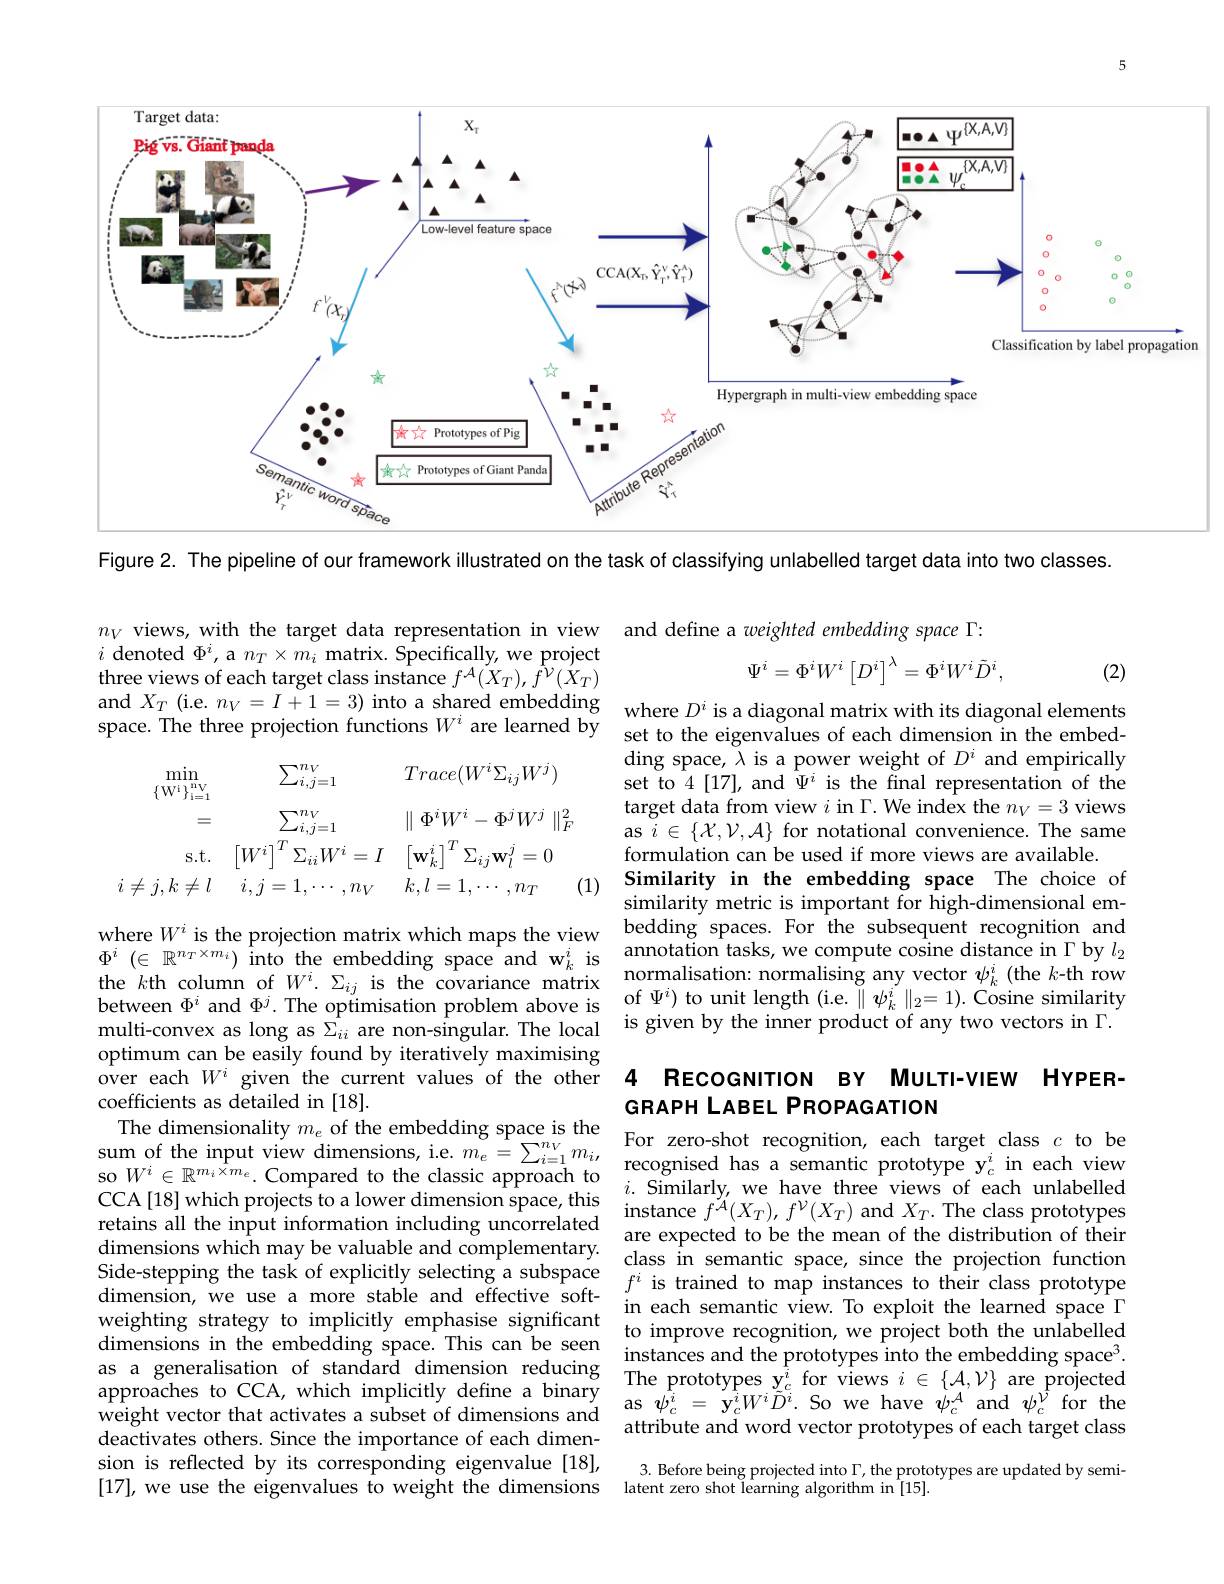
5

<FigureHere>
Figure 2. The pipeline of ou

$n_V$ views, with the target
$i$ denoted $\Phi^i$, a $n_T\times m$ three views of each target c and $X_T$ (ie. $n_V=I+1=3)$ into a shared embedding where $D^i$ is a diagonal matrix with its diagonal elements pace. The three projection functions $W^i$ are learned by set to the eigenvalues of each dimension in the embed-
$$\begin{aligned}\min_{\{\mathrm{W}^{1}\}_{\mathrm{i}=1}^{\mathrm{n}_{\mathrm{V}}}}&\sum_{i,j=1}^{n_{V}}&Trace(W^{i}\Sigma_{ij}W^{j})\\=&\sum_{i,j=1}^{n_{V}}&\parallel\Phi^{i}W^{i}-\Phi^{j}W^{j}\parallel_{F}^{2}\\\mathrm{s.t.}&\left[W^{i}\right]^{T}\Sigma_{ii}W^{i}=I&\left[\mathbf{w}_{k}^{i}\right]^{T}\Sigma_{ij}\mathbf{w}_{l}^{j}=0\\i\neq j,k\neq l&i,j=1,\cdots,n_{V}&k,l=1,\cdots,n_{T}\end{aligned}$$
(1)

optimum can be easily found over each $W^i$ given the cu coefficients as detailed in
$SOW\in\mathbb{R}^{-1}........0nplan$ weighting strategy to implic dimensions in the embedding deactivates others. Since th sion is reflected by its cor [17], we use the eigenvalues
$$\Psi^i=\Phi^iW^i\left[D^i\right]^\lambda=\Phi^iW^i\tilde{D}^i,$$
(2)

ding space, $\lambda$ is a power w set to 4[17], and $\hat{\Psi}^{i}$ target data from view $i$ in $\textbf{as }i\in \{ \mathcal{X} , \mathcal{V} , \mathcal{A} \}$for notational convenience.The same formulation can be used if more views are available.
Similarity in the embedding similarity metric is importa
where $W^i$ is the projectio $\Phi^i\left(\in\mathbb{R}^{n_T\times m_i}\right)$into the $k$th column of $W^i.\Sigma_{ij}$ is the covariance matrix normalisation: normalising any vector $\psi_k^i$ (the $k$-th row between $\Phi^i$ and $\Phi^j.$ The multi-convex as long as $\Sigma_{}$

### 4 RECOGNITION BY MULTI-VIEW GRAPH LABEL PROPAGATION The dimensionality $m_e$ of

in each semantic view. To ex attribute and word vector pr

3. Before being projected in